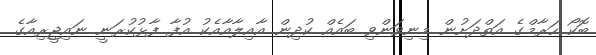
ބޮކޯ ހަރާމްގެ އަތްދަށުން މިނިވަންވި ބައެއް ކުދިން އާއިލާއާއެކު އުފާ ފާޅުކުރަނީ ނައިޖީރިއާގެ